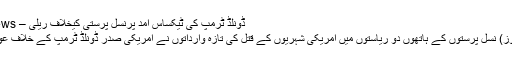
ڈونلڈ ٹرمپ کی ٹیکساس آمد پرنسل پرستی کیخلاف ریلی – Free Hand News
امریکہ(فری ہینڈ نیوز) نسل پرستوں کے ہاتھوں دو ریاستوں میں امریکی شہریوں کے قتل کی تازہ وارداتوں نے امریکی صدر ڈونلڈ ٹرمپ کے خلاف عوام کو مشتعل کردیا۔